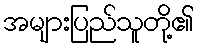
အများပြည်သူတို့၏